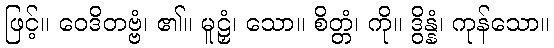
ဖြင့်။ ဝေဒိတဗ္ဗံ၊ ၏။ မူဠှံ၊ သော။ စိတ္တံ၊ ကို။ ဒွိန္နံ၊ ကုန်သော။